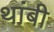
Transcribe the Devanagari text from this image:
थांबी